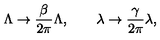
\Lambda \rightarrow { \frac { \beta } { 2 \pi } } \Lambda , \quad \quad \lambda \rightarrow { \frac { \gamma } { 2 \pi } } \lambda ,